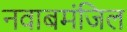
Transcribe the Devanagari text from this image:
नवाबमंजिल